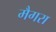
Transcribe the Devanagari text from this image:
मैगरा